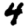
Digit: 4